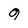
Character: 9